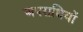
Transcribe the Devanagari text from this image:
अपराधियों